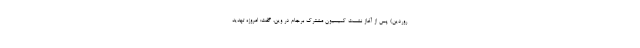
روردین) پس از آغاز نشست کمیسیون مشترک برجام در وین، گفت: امروزه تهدید